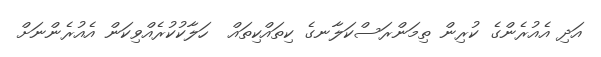
އަދި އެއުރެންގެ ކުރިން ތިމަންރަސްކަލާނގެ ކިތައްކިތައް  ހަލާކުކުރެއްވިކަން އެއުރެންނަށް